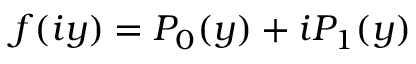
f ( i y ) = P _ { 0 } ( y ) + i P _ { 1 } ( y )